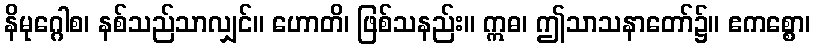
နိမုဂ္ဂေါစ၊ နစ်သည်သာလျှင်။ ဟောတိ၊ ဖြစ်သနည်း။ ဣဓ၊ ဤသာသနာတော်၌။ ဧကစ္စော၊